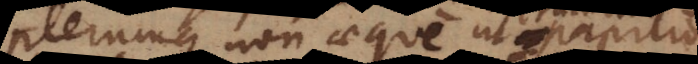
plerumque non aeque ut papi